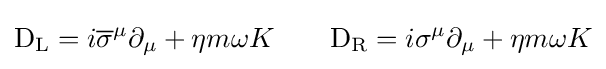
\mathrm {D} _{\rm {L}}=i{\overline {\sigma }}^{\mu }\partial _{\mu }+\eta m\omega K\qquad \mathrm {D} _{\rm {R}}=i\sigma ^{\mu }\partial _{\mu }+\eta m\omega K